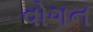
વોગન